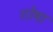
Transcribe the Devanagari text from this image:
शोषा